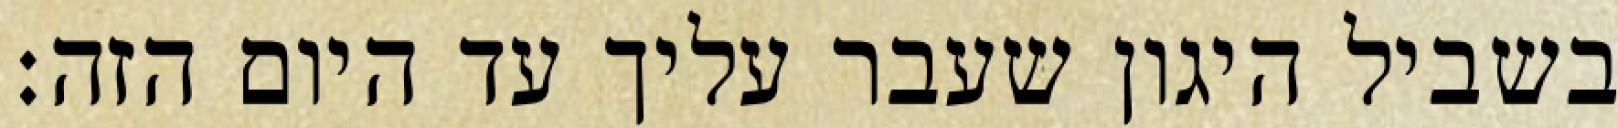
בשביל היגון שעבר עליך עד היום הזה: